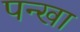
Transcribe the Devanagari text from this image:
पन्खा